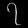
Digit: ၇